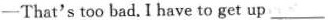
—That's too bad.I have to get up ___